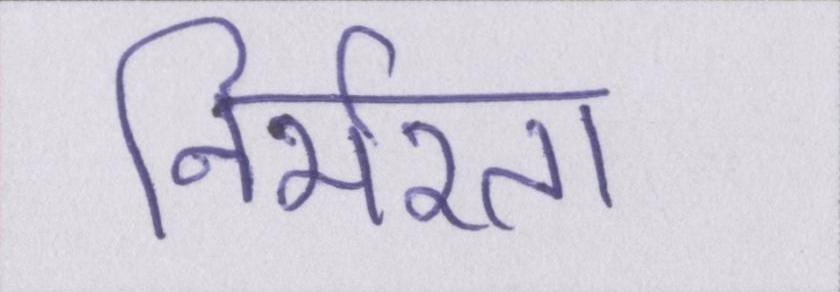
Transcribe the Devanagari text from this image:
निर्भरता